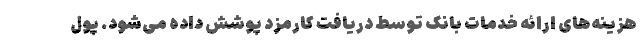
هزینه‌های ارائه خدمات بانک توسط دریافت کارمزد پوشش داده می‌شود. پول